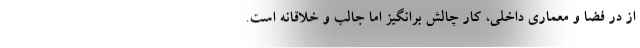
از در فضا و معماری داخلی، کار چالش برانگیز اما جالب و خلاقانه‌ است.